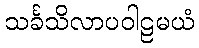
သင်္ခသိလာပဝါဠမယံ